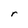
Character: r